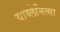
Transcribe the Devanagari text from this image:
याब्लेनित्सा